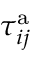
\tau _ { i j } ^ { \mathrm { a } }